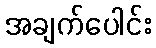
အချက်ပေါင်း